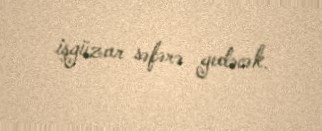
işgüzar səfərə gedəcək.